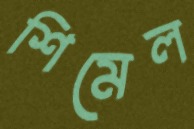
শিমেল